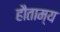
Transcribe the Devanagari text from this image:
हौताम्य